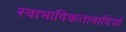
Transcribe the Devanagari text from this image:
स्वाभाविकतावादियों